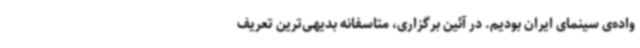
واده‌ی سینمای ایران بودیم. در آئین برگزاری، متاسفانه بدیهی‌ترین تعریف